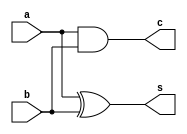
`timescale 1ns / 1ps
module half_add(
    input a,b,
    output  s,c
    );
assign s = a ^ b;       
assign c = a & b;
endmodule
 
module fa
(input a, b, cin,
output sum,c   
);
wire t1, t2, t3;
half_add h1(.a(a), .b(b), .s(t2), .c(t1));
half_add h2(.a(t2), .b(cin), .s(sum), .c(t3));
assign c = t1 | t3;
endmodule 



module carry_add(
input [3:0] a,b,
input cin,
output [3:0]sum,
output cout
);
wire t0,t1,t2;
fa f0(a[0], b[0], cin, sum[0],t0);  
fa f1(a[1], b[1], t0, sum[1],t1);
fa f2(a[2], b[2], t1, sum[2],t2);
fa f3(a[3], b[3], t2, sum[3],cout);
endmodule